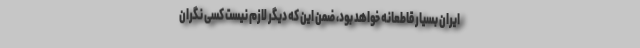
ایران بسیار قاطعانه خواهد بود، ضمن این که دیگر لازم نیست کسی نگران